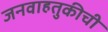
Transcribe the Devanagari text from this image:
जनवाहतुकीची